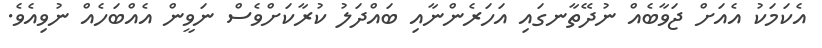
އެކަމަކު އެއަށް ޖަވާބެއް ނުދޭތާނގައި އަހަރެންނާއި ބައްދަލު ކުރާކަށްވެސް ނަވީން އެއްބަހެއް ނުވިއެވެ.